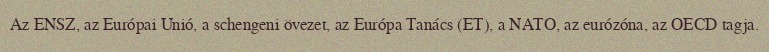
Az ENSZ, az Európai Unió, a schengeni övezet, az Európa Tanács (ET), a NATO, az eurózóna, az OECD tagja.